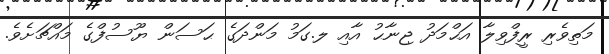
މަތިވެރި ރީފްވިލާ އަޙްމަދު ޖިނާޙު އާއި ލ.ގަމު މަންދަގެ ޙަސަން ޔޫސުފްގެ މައްޗަށެވެ.